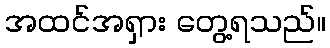
အထင်အရှား တွေ့ရသည်။